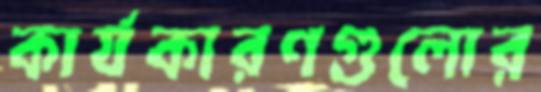
কার্যকারণগুলোর